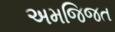
અમજિજત